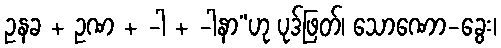
ဥနခ + ဥဏ + -ါ + -ါနာ”ဟု ပုဒ်ဖြတ်၊ သောဏော-ခွေး၊